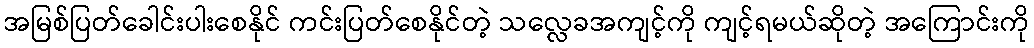
အမြစ်ပြတ်ခေါင်းပါးစေနိုင် ကင်းပြတ်စေနိုင်တဲ့ သလ္လေခအကျင့်ကို ကျင့်ရမယ်ဆိုတဲ့ အကြောင်းကို